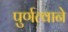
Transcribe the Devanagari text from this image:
पुर्णत्वाने